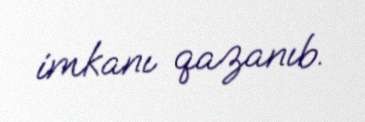
imkanı qazanıb.